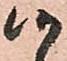
候